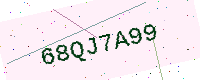
Text: 68QJ7A99